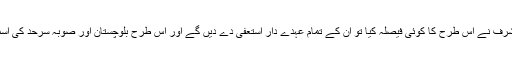
شہناز عزیز: اچھا آج کا جو اے پی ڈی ایم کا فیصلہ ہے کہ اگر جنرل مشرف نے اس طرح کا کوئی فیصلہ کیا تو ان کے تمام عہدے دار استعفی دے دیں گے اور اس طرح بلوچستان اور صوبہ سرحد کی اسمبلیاں ٹوٹ جائیں گی، تو پیپلز پارٹی کی اس بارے میں کیا پوزیشن ہے؟